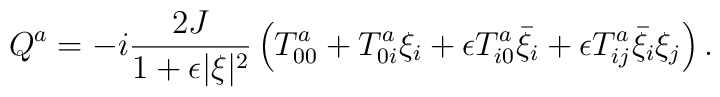
Q^a=-i\frac{2J}{1+\epsilon\vert\xi\vert^2}\left( T^a_{00}+T^a_{0i}\xi_i+\epsilon T^a_{i0}\bar\xi_i+\epsilon T^a_{ij}\bar\xi_i\xi_j\right).